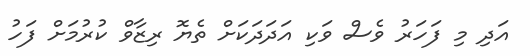
އަދި މި ފަހަރު ވެސް ވަކި އަދަދަކަށް ތެޔޮ ރިޒާވް ކުރުމަށް ފަހު